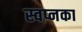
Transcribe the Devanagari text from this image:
स्वप्नका